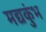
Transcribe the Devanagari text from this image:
मद्यकुंभ